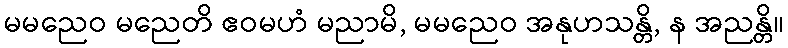
မမညေဝ မညေတိ ဧဝမဟံ မညာမိ, မမညေဝ အနုဟသန္တိ, န အညန္တိ။